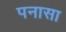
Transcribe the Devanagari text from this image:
पनासा